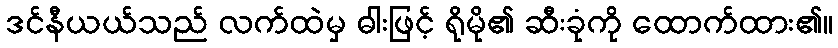
ဒင်နီယယ်သည် လက်ထဲမှ ဓါးဖြင့် ရိုမို၏ ဆီးခုံကို ထောက်ထား၏။